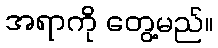
အရာကို တွေ့မည်။